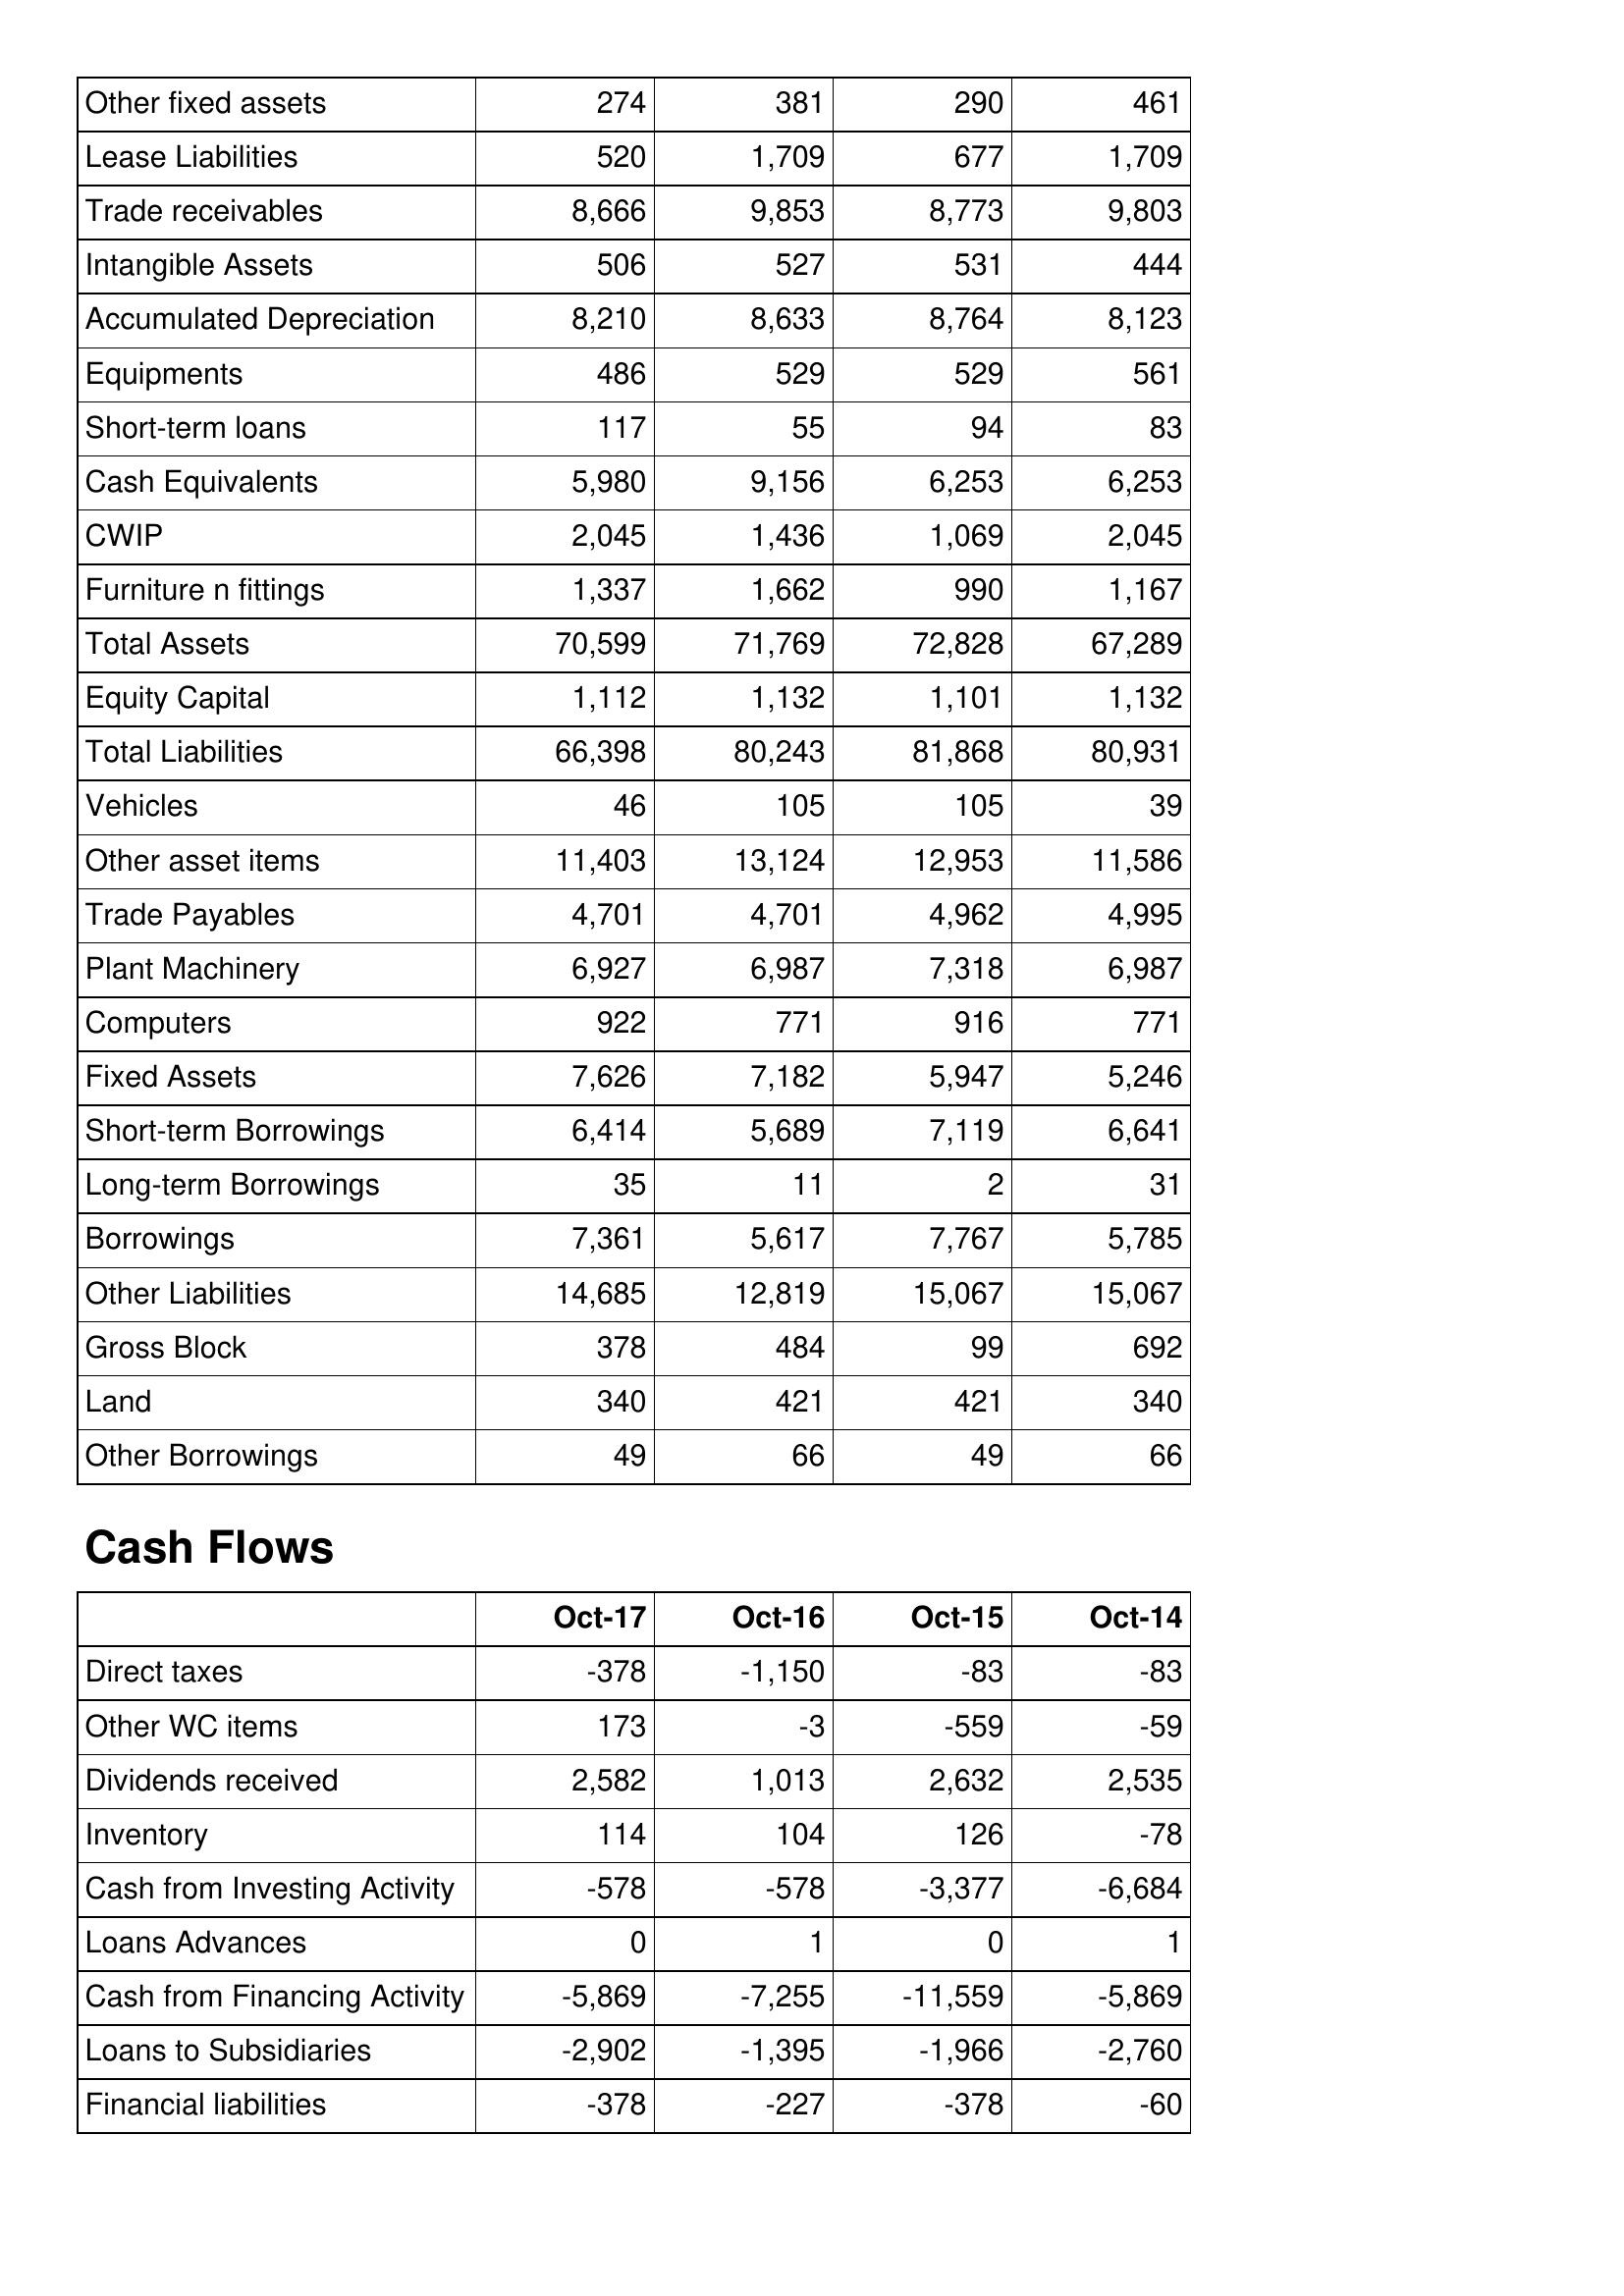
Oct-17: Balance Sheet: Other fixed assets: 274
Lease Liabilities: 520
Trade receivables: 8,666
Intangible Assets: 506
Accumulated Depreciation: 8,210
Equipments: 486
Short-term loans: 117
Cash Equivalents: 5,980
CWIP: 2,045
Furniture n fittings: 1,337
Total Assets: 70,599
Equity Capital: 1,112
Total Liabilities: 66,398
Vehicles: 46
Other asset items: 11,403
Trade Payables: 4,701
Plant Machinery: 6,927
Computers: 922
Fixed Assets: 7,626
Short-term Borrowings: 6,414
Long-term Borrowings: 35
Borrowings: 7,361
Other Liabilities: 14,685
Gross Block: 378
Land: 340
Other Borrowings: 49
Cash Flows: Direct taxes: -378
Other WC items: 173
Dividends received: 2,582
Inventory: 114
Cash from Investing Activity: -578
Loans Advances: 0
Cash from Financing Activity: -5,869
Loans to Subsidiaries: -2,902
Financial liabilities: -378
Oct-16: Balance Sheet: Other fixed assets: 381
Lease Liabilities: 1,709
Trade receivables: 9,853
Intangible Assets: 527
Accumulated Depreciation: 8,633
Equipments: 529
Short-term loans: 55
Cash Equivalents: 9,156
CWIP: 1,436
Furniture n fittings: 1,662
Total Assets: 71,769
Equity Capital: 1,132
Total Liabilities: 80,243
Vehicles: 105
Other asset items: 13,124
Trade Payables: 4,701
Plant Machinery: 6,987
Computers: 771
Fixed Assets: 7,182
Short-term Borrowings: 5,689
Long-term Borrowings: 11
Borrowings: 5,617
Other Liabilities: 12,819
Gross Block: 484
Land: 421
Other Borrowings: 66
Cash Flows: Direct taxes: -1,150
Other WC items: -3
Dividends received: 1,013
Inventory: 104
Cash from Investing Activity: -578
Loans Advances: 1
Cash from Financing Activity: -7,255
Loans to Subsidiaries: -1,395
Financial liabilities: -227
Oct-15: Balance Sheet: Other fixed assets: 290
Lease Liabilities: 677
Trade receivables: 8,773
Intangible Assets: 531
Accumulated Depreciation: 8,764
Equipments: 529
Short-term loans: 94
Cash Equivalents: 6,253
CWIP: 1,069
Furniture n fittings: 990
Total Assets: 72,828
Equity Capital: 1,101
Total Liabilities: 81,868
Vehicles: 105
Other asset items: 12,953
Trade Payables: 4,962
Plant Machinery: 7,318
Computers: 916
Fixed Assets: 5,947
Short-term Borrowings: 7,119
Long-term Borrowings: 2
Borrowings: 7,767
Other Liabilities: 15,067
Gross Block: 99
Land: 421
Other Borrowings: 49
Cash Flows: Direct taxes: -83
Other WC items: -559
Dividends received: 2,632
Inventory: 126
Cash from Investing Activity: -3,377
Loans Advances: 0
Cash from Financing Activity: -11,559
Loans to Subsidiaries: -1,966
Financial liabilities: -378
Oct-14: Balance Sheet: Other fixed assets: 461
Lease Liabilities: 1,709
Trade receivables: 9,803
Intangible Assets: 444
Accumulated Depreciation: 8,123
Equipments: 561
Short-term loans: 83
Cash Equivalents: 6,253
CWIP: 2,045
Furniture n fittings: 1,167
Total Assets: 67,289
Equity Capital: 1,132
Total Liabilities: 80,931
Vehicles: 39
Other asset items: 11,586
Trade Payables: 4,995
Plant Machinery: 6,987
Computers: 771
Fixed Assets: 5,246
Short-term Borrowings: 6,641
Long-term Borrowings: 31
Borrowings: 5,785
Other Liabilities: 15,067
Gross Block: 692
Land: 340
Other Borrowings: 66
Cash Flows: Direct taxes: -83
Other WC items: -59
Dividends received: 2,535
Inventory: -78
Cash from Investing Activity: -6,684
Loans Advances: 1
Cash from Financing Activity: -5,869
Loans to Subsidiaries: -2,760
Financial liabilities: -60